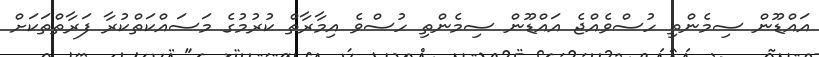
އައްޑޫން ސިމެންތި ހުސްވެއްޖެ އައްޑޫން ސިމެންތި ހުސްވެ އިމާރާތް ކުރުމުގެ މަސައްކަތްކުރާ ފަރާތްތަކަށް